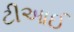
ટીઆઈ